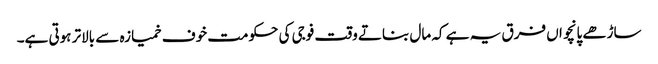
ساڑھے پانچواں فرق یہ ہے کہ مال بناتے وقت فوجی کی حکومت خوف خمیازہ سے بالاتر ہوتی ہے۔